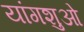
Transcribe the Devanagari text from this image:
यांगशुओ